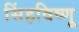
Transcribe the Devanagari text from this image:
सिंहविष्णू